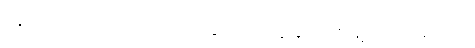
ကျွန်တော်လည်း ဟိုကို သွားမှာ ကျွန်တော်နဲ့ လိုက်ခဲ့လေ။